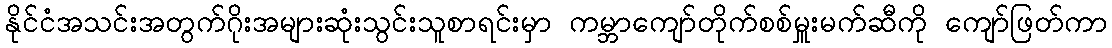
နိုင်ငံအသင်းအတွက်ဂိုးအများဆုံးသွင်းသူစာရင်းမှာ ကမ္ဘာကျော်တိုက်စစ်မှူးမက်ဆီကို ကျော်ဖြတ်ကာ